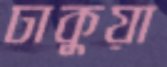
ঢাকুয়া